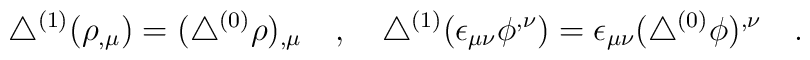
\triangle^{(1)}(\rho_{,\mu})=(  \triangle^{(0)}\rho)_{,\mu}~~~,~~~\triangle^{(1)}(\epsilon_{\mu\nu}\phi^{,\nu})=\epsilon_{\mu\nu}( \triangle^{(0)}\phi)^{,\nu}~~~.